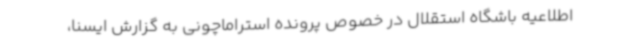
اطلاعیه باشگاه استقلال در خصوص پرونده استراماچونی به گزارش ایسنا،